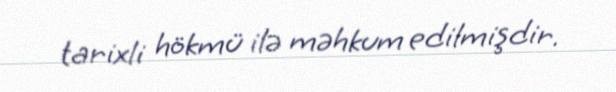
tarixli hökmü ilə məhkum edilmişdir.